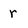
Character: r